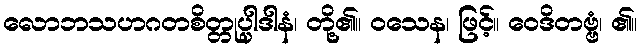
လောဘသဟဂတစိတ္တုပ္ပါဒါနံ၊ တို့၏။ ဝသေန၊ ဖြင့်။ ဝေဒိတဗ္ဗံ၊ ၏။